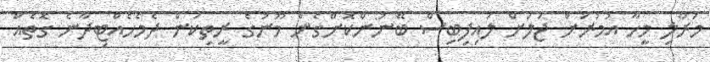
މަރާލި މީހާ އުމުރަށް ޖަލަށް ލައިފިބިސް ބޭނުންކޮށްގެން މޫނުގެ ރީތިކަން ދެމެހެއްޓިދާނެ ގޮތެއް